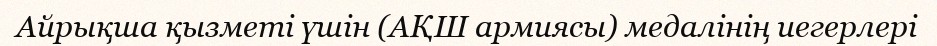
Айрықша қызметі үшін (АҚШ армиясы) медалінің иегерлері